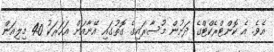
އެވެ. އެ ކޮންޓްރެކްޓްގެ ދަށުން މުސާރައިގެ ގޮތުގައި އޭނާއަށް އަހަރަކު 40 މިލިއަން